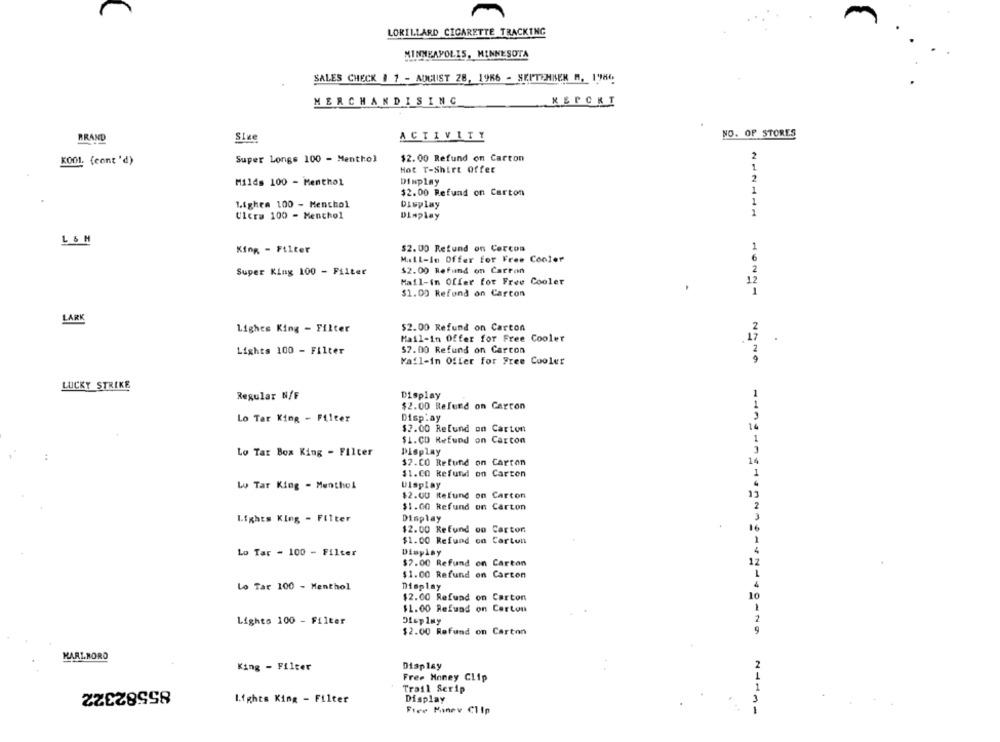
LORILLARD CIGARETTE TRACKING
MINNEAPOLIS, MINNESOTA
SALES CHECK 1 7 - AUGUST 28, 1986 - SEITEHISER M. I'M.
MERCHANDISING
KEPCKI
NO. OF STORES
BRAND
Size
ACTIVITY
2
KOOL. (cont 'd)
Super Longs 100 - Menthol
$2.00 Refund on Carton
Hot T-Shirt offer
1
2
Milds 100 - Menthol
Display
$2.00 Refund on Carton
1
1
1.ighra 100 - Menthol
Display
Ultra 100 - Menchol
Display
L&N
King - Filter
$2. 00 Refund on Corcom
1
Mall-In Offer for Free Cooler
2
Super King 100 - Filter
$2.00 Refund on Cattan
Mail-in Offer for Free Cooler
12
$1.00 Refund on Carton
1
LARK
UNNÖAFÜANEWHÜSNÜUNFUNN ONUN
$2.00 Refund on Carton
2
Lighes King - Filter
Mail-In Offer for Free Cooler
$7.00 Refund on Carcon
Lights 100 - Filter
Mail-in Offer for Free Cooler
LUCKY STRIKE
Regular N/F
Display
$2.00 Refund on Carcon
Lo Tar King - Filter
Display
$2.00 Refund on Carton
$1.CD Refund on Carton
Lo Tar Box King - Filter
Display
$2.CO Refund on Carton
14
11.CO Refund on Carton
Lo Tar King - Menthel
Display
$2.00 Refund on Carton
$1.00 Refund on Carton
Lights King - Filter
Display
$2.00 Refund oo Carton
$1.00 Refund on Carton
Lo Tar - 100 - Filter
Display
4
$7.00 Refund on Carton
12
$1.00 Refund on Carton
Lo Tar 100 - Menthol
Display
4
$2.00 Refund on Carton
10
$1.00 Refund on Carton
Lighto 100 - Filter
Display
$2.00 Refund on Carton
MARLBORO
King - Filter
Display
2
1
Free Money Clip
85582322
Trail Serip
1
lights King - Filter
Display
3
Fire Manev Clip
1